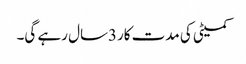
کمیٹی کی مدت کار3سال رہے گی۔